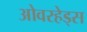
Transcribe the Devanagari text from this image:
ओवरहेड्स